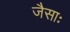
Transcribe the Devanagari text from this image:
जैसाः